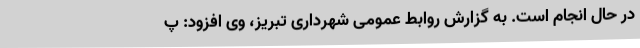
در حال انجام است. به گزارش روابط عمومی شهرداری تبریز، وی افزود: پ